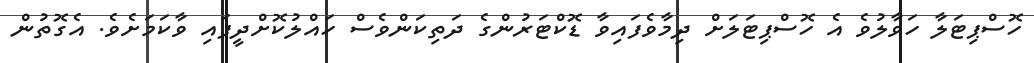
ހޮސްޕިޓަލާ ހަވާލުވެ އެ ހޮސްޕިޓަލަށް ދިމާވެފައިވާ ޑޮކްޓަރުންގެ ދަތިކަންވެސް ހައްލުކޮށްދީފައި ވާކަމަށެވެ. އެގޮތުން